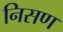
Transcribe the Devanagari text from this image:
निसण